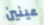
عينين